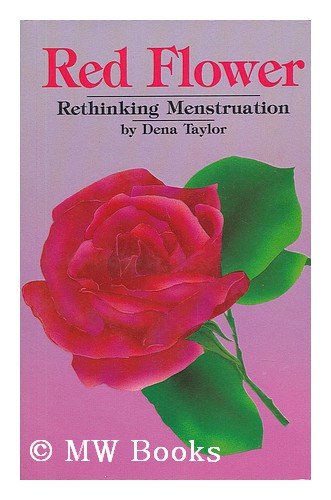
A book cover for Red Flower: Rethinking Menstruation (Well woman series); Dena Taylor; Health, Fitness & Dieting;